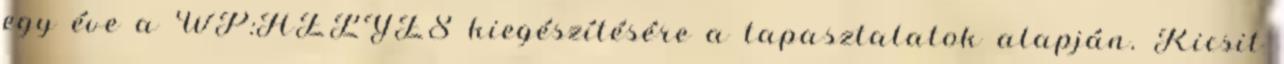
egy éve a WP:HELYES kiegészítésére a tapasztalatok alapján. Kicsit